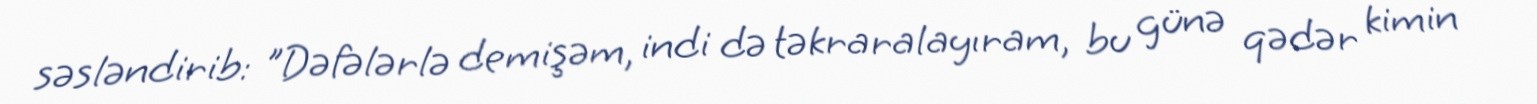
səsləndirib: "Dəfələrlə demişəm, indi də təkraralayıram, bu günə qədər kimin